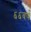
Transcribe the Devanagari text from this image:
६६वर्ष